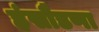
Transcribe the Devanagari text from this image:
हंसौडणा